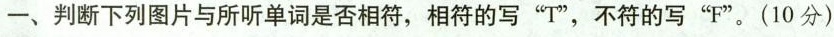
一、判断下列图片与所听单词是否相符，相符的写“T”，不符的写“F”。(10分)